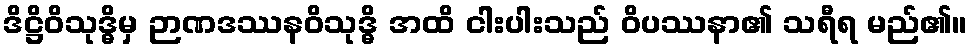
ဒိဋ္ဌိဝိသုဒ္ဓိမှ ဉာဏဒဿနဝိသုဒ္ဓိ အထိ ငါးပါးသည် ဝိပဿနာ၏ သရီရ မည်၏။